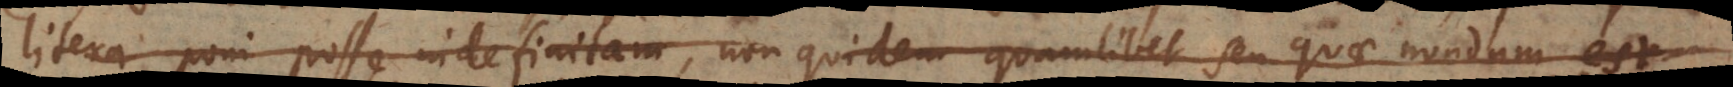
litera poni posse indefinitam, non quidem quamlibet seu quae nondum est